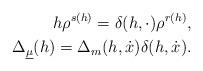
LaTeX: \begin{align*}h\rho^{s(h)}=\delta(h,\cdot)\rho^{r(h)},\\\Delta_{\underline\mu}(h)=\Delta_m(h, \dot x)\delta(h,\dot x).\end{align*}